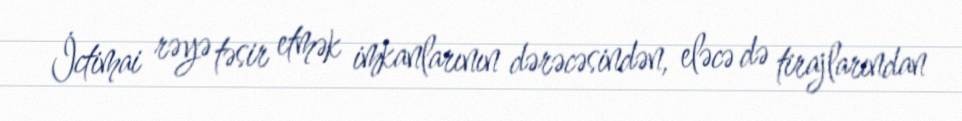
İctimai rəyə təsir etmək imkanlarının dərəcəsindən, eləcə də tirajlarından